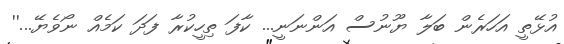
އުޅޭތީ އަހަރެން ބަލާ ޔޫނުސް އަންނަނީ... ކާފަ ތިހީކުރާ ފަދަ ކަމެއް ނޯވެޔޭ...''